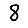
Digit: 8